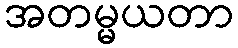
အတမ္မယတာ